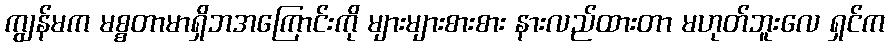
ကျွန်မက မစ္စတာမာရှိဘအကြောင်းကို များများစားစား နားလည်ထားတာ မဟုတ်ဘူးလေ ရှင်က